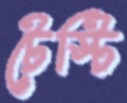
টেস্টি